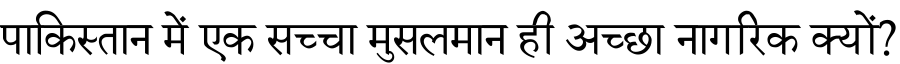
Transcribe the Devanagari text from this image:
पाकिस्तान में एक सच्चा मुसलमान ही अच्छा नागरिक क्यों?